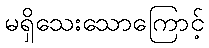
မရှိသေးသောကြောင့်